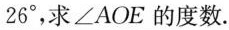
2 6 °$$，求∠AOE的度数。